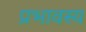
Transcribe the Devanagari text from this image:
प्रभावस्य